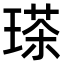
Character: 𤨓